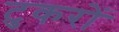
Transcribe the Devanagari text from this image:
टुकरों